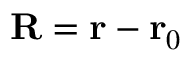
\mathbf { R } = \mathbf { r } - \mathbf { r } _ { 0 }